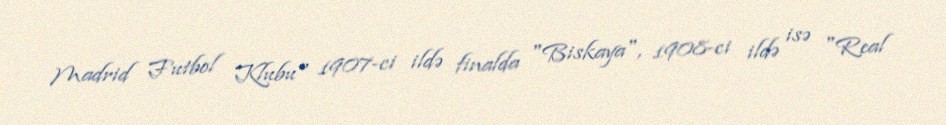
Madrid Futbol Klubu" 1907-ci ildə finalda "Biskaya", 1908-ci ildə isə "Real